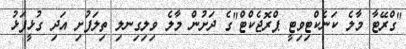
"ގްރޭޓާ މާލެ ކަނެކްޓިވިޓީ ޕްރޮޖެކްޓް"ގެ ދަށުން މާލެ ވިލިގިނލި ތިލަފުށި އަދި ގުޅީފަޅު